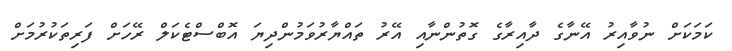
ކަމަކަށް ނުވާއިރު އޭނާގެ ދާއިރާގެ ގޮތުންނާއި އޭރު ތައްޔާރުވަމުންދިޔަ އޮބްސްޓެކަލް ރޭހަށް ފަރިތަކުރުމަށް